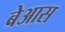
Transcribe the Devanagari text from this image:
बेआस